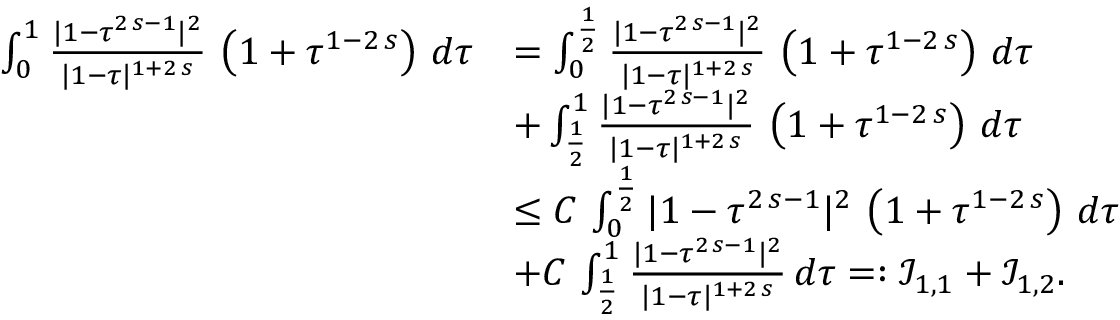
\begin{array} { r l } { \int _ { 0 } ^ { 1 } \frac { | 1 - \tau ^ { 2 \, s - 1 } | ^ { 2 } } { | 1 - \tau | ^ { 1 + 2 \, s } } \, \left( 1 + \tau ^ { 1 - 2 \, s } \right) \, d \tau } & { = \int _ { 0 } ^ { \frac { 1 } { 2 } } \frac { | 1 - \tau ^ { 2 \, s - 1 } | ^ { 2 } } { | 1 - \tau | ^ { 1 + 2 \, s } } \, \left( 1 + \tau ^ { 1 - 2 \, s } \right) \, d \tau } \\ & { + \int _ { \frac { 1 } { 2 } } ^ { 1 } \frac { | 1 - \tau ^ { 2 \, s - 1 } | ^ { 2 } } { | 1 - \tau | ^ { 1 + 2 \, s } } \, \left( 1 + \tau ^ { 1 - 2 \, s } \right) \, d \tau } \\ & { \le C \, \int _ { 0 } ^ { \frac { 1 } { 2 } } | 1 - \tau ^ { 2 \, s - 1 } | ^ { 2 } \, \left( 1 + \tau ^ { 1 - 2 \, s } \right) \, d \tau } \\ & { + C \, \int _ { \frac { 1 } { 2 } } ^ { 1 } \frac { | 1 - \tau ^ { 2 \, s - 1 } | ^ { 2 } } { | 1 - \tau | ^ { 1 + 2 \, s } } \, d \tau = : \mathcal { I } _ { 1 , 1 } + \mathcal { I } _ { 1 , 2 } . } \end{array}